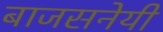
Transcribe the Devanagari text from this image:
बाजसनेयी